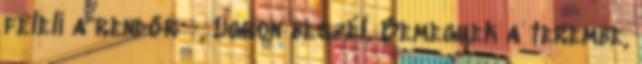
feleli a rendőr -, Ugron beszél. Bemegyek a terembe,